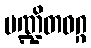
ပဏ္ဍိတဝဂ္ဂ